Black-water fever - Number 35
Disease focus: Fever
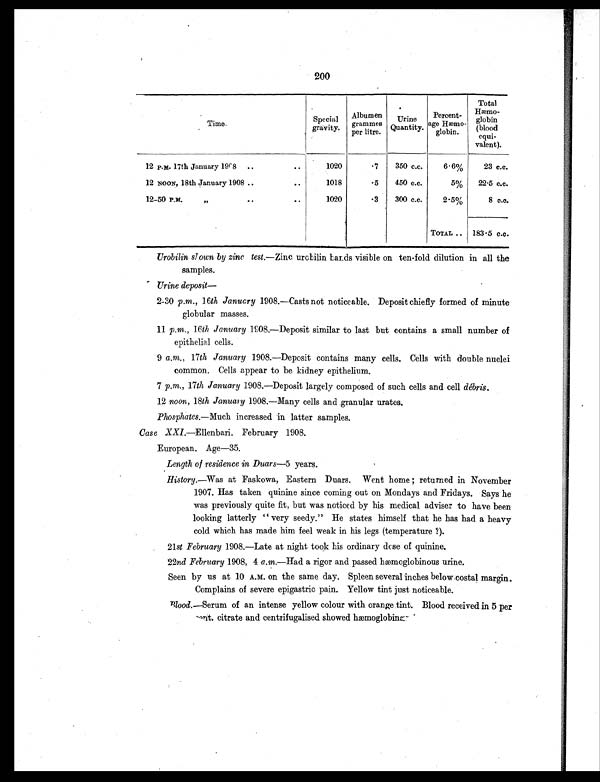
200
Time.
Special
gravity.
Albumen
grammes
per litre.
Urine
Quantity.
Percent-
age Hæmo-
glbin.
Total
Hæmo -
globin
(blood
equi-
valent).
12 P.M. 17th January 1908 ..
..
1020
.7 350 c.c.
6.6%
23 c.c.
12 NOON, 18th January 1908 ..
..
1018
.5 450 c.c.
5% 22.5 c.c.
12-50 P.M.
,,
. . . .
1020
.3 300 c.c.
2.5%
8 c.c.
TOTAL .. 183.5 c.c.
Urobilin slown by zinc test.—Zinc urobilin bands visible on ten-fold dilution in all the
samples.
Urine deposit
—
2-30 p.m. , 16th January 1908.—Casts not noticeable. Deposit chiefly formed of minute
globular masses.
11 p.m., 16th January 1908.—Deposit similar to last but contains a small number of
epithelial cells.
9 a.m. , 17th January 1908.—Deposit contains many cells. Cells with double nuclei
common. Cells appear to be kidney epithelium.
7 p.m. , 17th January 1908.—Deposit largely composed of such cells and cell débris.
12 noon , 18th January 1908.—Many cells and granular urates.
Phosphates.—Much increased in latter samples.
Case XXI.—Ellenbari. February 1908.
European. Age—35.
Length of residence in Duars— 5 years.
History.—Was at Faskowa, Eastern Duars. Went home ; returned in November
1907. Has taken quinine since coming out on Mondays and Fridays. Says he
was previously quite fit, but was noticed by his medical adviser to have been
looking latterly " very seedy." He states himself that he has had a heavy
cold which has made him feel weak in his legs (temperature ?).
21st February 1908.—Late at night took his ordinary dose of quinine.
22nd February 1908, 4 a.m.—Had a rigor and passed hæmoglobinous urine.
Seen by us at 10 A.M. on the same day. Spleen several inches below costal margin.
Complains of severe epigastric pain. Yellow tint just noticeable.
Blood. —Serum of an intense yellow colour with orange tint. Blood received in 5 per
cent. citrate and centrifugalised showed hæmoglobinær.